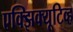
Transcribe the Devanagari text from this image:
एक्झिक्यूटिव्ह